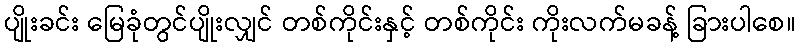
ပျိုးခင်း မြေခုံတွင်ပျိုးလျှင် တစ်ကိုင်းနှင့် တစ်ကိုင်း ကိုးလက်မခန့် ခြားပါစေ။